Lunatic asylums in Bengal annual reports 1899-1911 - 1899-1911
Year: 1899
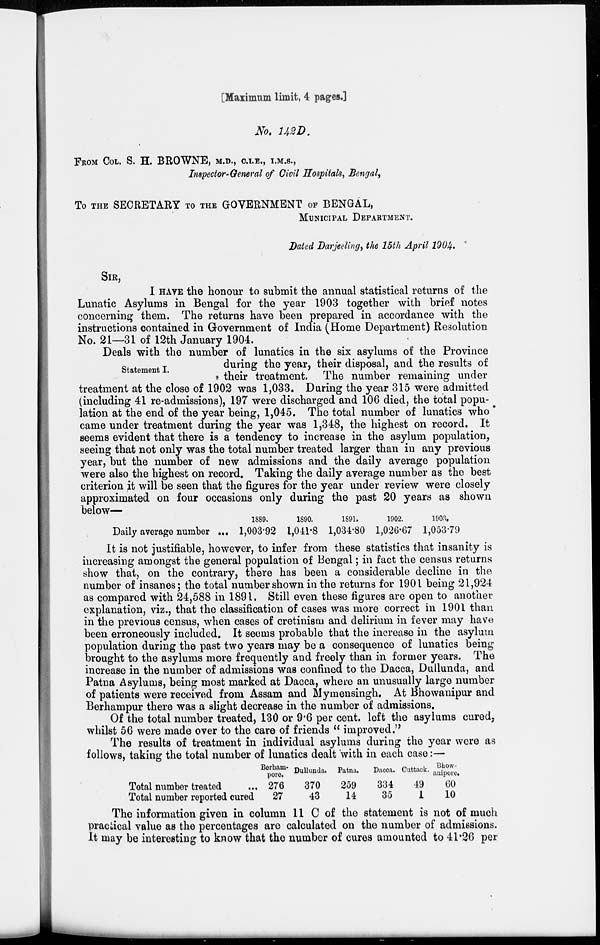
[Maximum limit, 4 pages.]
No. 142D.
FROM COL. S. H. BROWNE, M.D., C.I.E., I.M.S.,
Inspector-General of Civil Hospitals, Bengal,
To THE SECRETARY TO THE GOVERNMENT OF BENGAL,
MUNICIPAL DEPARTMENT.
Dated Darjeeling, the 15th April 1904.
SIR,
I HAVE the honour to submit the annual statistical returns of the
Lunatic Asylums in Bengal for the year 1903 together with brief notes
concerning them. The returns have been prepared in accordance with the
instructions contained in Government of India (Home Department) Resolution
No. 21—31 of 12th January 1904.
Statement I.
Deals with the number of lunatics in the six asylums of the Province
during the year, their disposal, and the results of
their treatment. The number remaining under
treatment at the close of 1902 was 1,033. During the year 315 were admitted
(including 41 re-admissions), 197 were discharged and 106 died, the total popu-
lation at the end of the year being, 1,045. The total number of lunatics who
came under treatment during the year was 1,348, the highest on record. It
seems evident that there is a tendency to increase in the asylum population,
seeing that not only was the total number treated larger than in any previous
year, but the number of new admissions and the daily average population
were also the highest on record. Taking the daily average number as the best
criterion it will be seen that the figures for the year under review were closely
approximated on four occasions only during the past 20 years as shown
below—
Daily average number ...
1889.
1,003.92
1890.
1,041.8
1891.
1,034.80
1902.
1,026.67
1903.
1,053.79
It is not justifiable, however, to infer from these statistics that insanity is
increasing amongst the general population of Bengal; in fact the census returns
show that, on the contrary, there has been a considerable decline in the
number of insanes; the total number shown in the returns for 1901 being 21,924
as compared with 24,588 in 1891. Still even these figures are open to another
explanation, viz., that the classification of cases was more correct in 1901 than
in the previous census, when cases of cretinism and delirium in fever may have
been erroneously included. It seems probable that the increase in the asylum
population during the past two years may be a consequence of lunatics being
brought to the asylums more frequently and freely than in former years. The
increase in the number of admissions was confined to the Dacca, Dullunda, and
Patna Asylums, being most marked at Dacca, where an unusually large number
of patients were received from Assam and Mymensingh. At Bhowanipur and
Berhampur there was a slight decrease in the number of admissions.
Of the total number treated, 130 or 9.6 per cent. left the asylums cured,
whilst 56 were made over to the care of friends " improved."
The results of treatment in individual asylums during the year were as
follows, taking the total number of lunatics dealt with in each case:—
Total number treated ...
Total number reported cured
Berham-
pore.
276
27
Dullunda.
370
43
Patna.
259
14
Dacca.
334
35
Cuttack.
49
1
Bhow-
anipore.
60
10
The information given in column 11 C of the statement is not of much
practical value as the percentages are calculated on the number of admissions.
It may be interesting to know that the number of cures amounted to 41.26 per